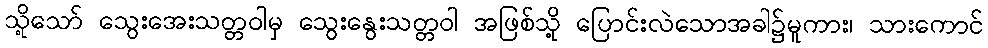
သို့သော် သွေးအေးသတ္တဝါမှ သွေးနွေးသတ္တဝါ အဖြစ်သို့ ပြောင်းလဲသောအခါ၌မူကား၊ သားကောင်